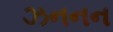
ઝનનન